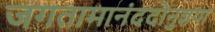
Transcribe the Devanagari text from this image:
जगतामानंददोनुज्ञया